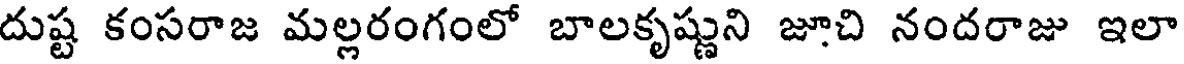
దుష్ట కంసరాజ మల్లరంగంలో బాలకృష్ణుని జూచి నందరాజు ఇలా